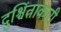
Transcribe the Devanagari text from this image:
दुश्चिंताकारी